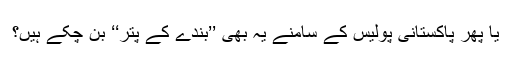
یا پھر پاکستانی پولیس کے سامنے یہ بھی ’’بندے کے پتر‘‘ بن چکے ہیں؟